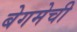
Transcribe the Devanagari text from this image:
बेगमेची